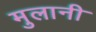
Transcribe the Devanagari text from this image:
मुलानी